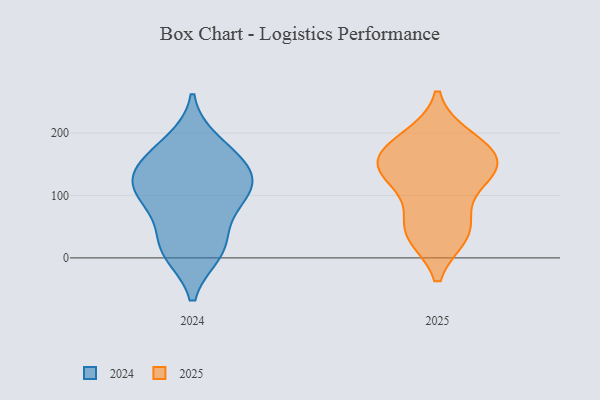
{"axis": {"x": "Market Share (%)", "y": "Value"}, "legend": ["2024", "2025"], "data": [{"x": "", "y": 145, "type": "2024"}, {"x": "", "y": 163, "type": "2024"}, {"x": "", "y": 14, "type": "2024"}, {"x": "", "y": 124, "type": "2024"}, {"x": "", "y": 92, "type": "2024"}, {"x": "", "y": 28, "type": "2024"}, {"x": "", "y": 100, "type": "2024"}, {"x": "", "y": 99, "type": "2024"}, {"x": "", "y": 10, "type": "2024"}, {"x": "", "y": 134, "type": "2024"}, {"x": "", "y": 184, "type": "2024"}, {"x": "", "y": 179, "type": "2025"}, {"x": "", "y": 142, "type": "2025"}, {"x": "", "y": 135, "type": "2025"}, {"x": "", "y": 45, "type": "2025"}, {"x": "", "y": 151, "type": "2025"}, {"x": "", "y": 190, "type": "2025"}, {"x": "", "y": 39, "type": "2025"}, {"x": "", "y": 121, "type": "2025"}, {"x": "", "y": 47, "type": "2025"}, {"x": "", "y": 164, "type": "2025"}]}